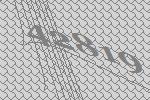
42819